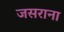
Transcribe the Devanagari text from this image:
जसराना